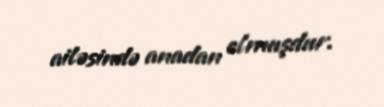
ailəsində anadan olmuşdur.